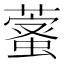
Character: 𦾖